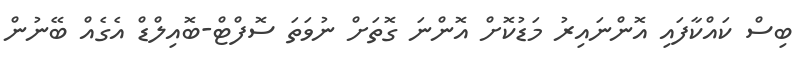
ބިސް ކައްކާފައި އޮންނައިރު މަޑުކޮށް އޮންނަ ގޮތަށް ނުވަތަ ސޮފްޓް-ބޮއިލްޑް އެގެއް ބޭނުން